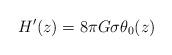
LaTeX: \begin{align*}H'(z) = 8 {\pi} G {\sigma} {\theta}_{0}(z)\end{align*}